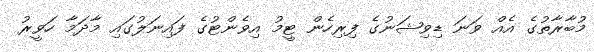
މުބާރާތުގެ އެއް ވަނަ ޑިވިޝަނުގެ ފިރިހެން ޓީމު އިވެންޓުގެ ފައިނަލުގައި މާދަމާ ހަވީރު